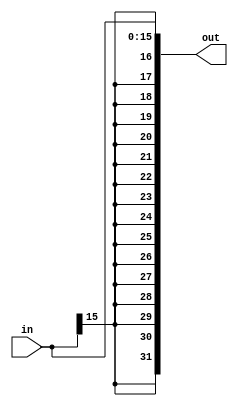
module signExtention  (in,out);
	input [15:0] in ;
	output[31:0] out ;
	assign out={{16{in[15]}},in} ; 
	endmodule